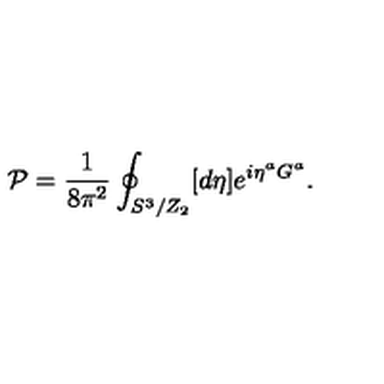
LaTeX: { \cal P } = \frac { 1 } { 8 \pi ^ { 2 } } \oint _ { S ^ { 3 } / Z _ { 2 } } [ d \eta ] e ^ { i \eta ^ { a } G ^ { a } } .